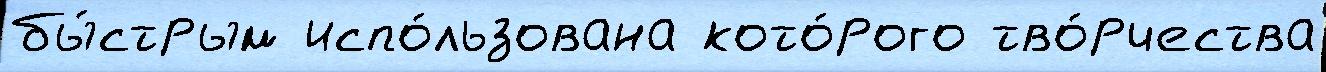
бы́стрым испо́льзована кото́рого тво́рчества